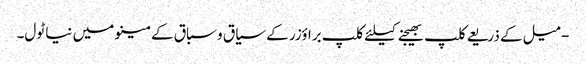
- میل کے ذریعے کلپ بھیجنے کیلئے کلپ براؤزر کے سیاق و سباق کے مینو میں نیا ٹول۔